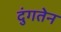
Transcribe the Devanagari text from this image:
दुंगतेन